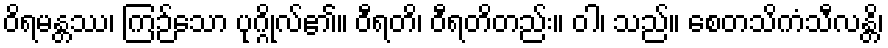
ဝိရမန္တဿ၊ ကြဉ်သော ပုဂ္ဂိုလ်၏။ ဝီရတိ၊ ဝီရတိတည်း။ ဝါ၊ သည်။ စေတသိကံသီလန္တိ၊